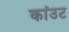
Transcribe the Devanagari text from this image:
कांउट